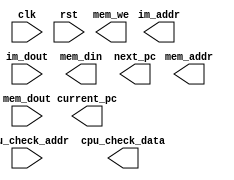
`timescale 1ns / 1ps

/* 
 *   Last update: 2023.04.20
 */

module CPU(
    input clk, 
    input rst,

    // MEM And MMIO Data BUS
    output [31:0] im_addr,      // Instruction address (The same as current PC)
    input [31:0] im_dout,       // Instruction data (Current instruction)
    output [31:0] mem_addr,     // Memory read/write address
    output mem_we,              // Memory writing enable		            
    output [31:0] mem_din,      // Data ready to write to memory
    input [31:0] mem_dout,	    // Data read from memory

    // Debug BUS with PDU
    output [31:0] current_pc, 	        // Current_pc, pc_out
    output [31:0] next_pc,              // Next_pc, pc_in    
    input [31:0] cpu_check_addr,	    // Check current datapath state (code)
    output reg [31:0] cpu_check_data    // Current datapath state data
);
    
    
    // Write your CPU here!
    // You might need to write these modules:
    //      ALURFControlAdd(Or just add-mode ALU)And(Or just and-mode ALU)PCRegImmBranchMux...
endmodule